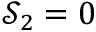
\mathcal { S } _ { 2 } = 0